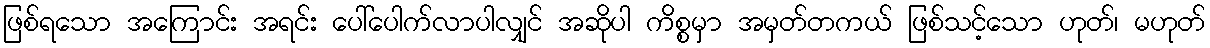
ဖြစ်ရသော အကြောင်း အရင်း ပေါ်ပေါက်လာပါလျှင် အဆိုပါ ကိစ္စမှာ အမှတ်တကယ် ဖြစ်သင့်သော ဟုတ်၊ မဟုတ်